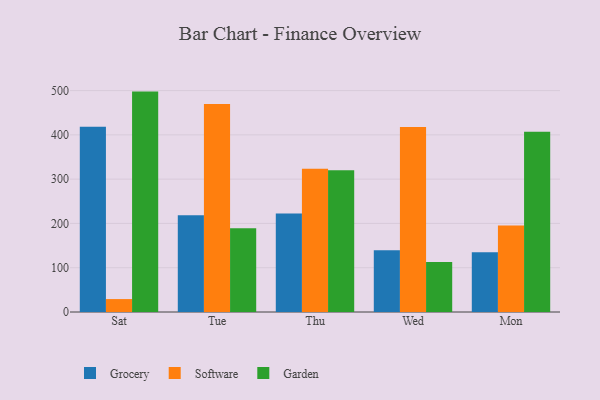
{"axis": {"x": "Day", "y": "Temperature (°C)"}, "legend": ["Garden", "Grocery", "Software"], "data": [{"x": "Sat", "y": 418.1, "type": "Grocery"}, {"x": "Sat", "y": 29.2, "type": "Software"}, {"x": "Sat", "y": 497.7, "type": "Garden"}, {"x": "Tue", "y": 218.2, "type": "Grocery"}, {"x": "Tue", "y": 469.9, "type": "Software"}, {"x": "Tue", "y": 188.9, "type": "Garden"}, {"x": "Thu", "y": 222.3, "type": "Grocery"}, {"x": "Thu", "y": 323.4, "type": "Software"}, {"x": "Thu", "y": 320.1, "type": "Garden"}, {"x": "Wed", "y": 139.7, "type": "Grocery"}, {"x": "Wed", "y": 417.7, "type": "Software"}, {"x": "Wed", "y": 112.8, "type": "Garden"}, {"x": "Mon", "y": 135.1, "type": "Grocery"}, {"x": "Mon", "y": 195.5, "type": "Software"}, {"x": "Mon", "y": 407.1, "type": "Garden"}]}